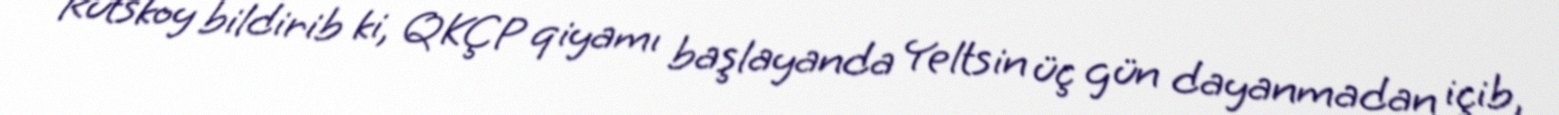
Rutskoy bildirib ki, QKÇP qiyamı başlayanda Yeltsin üç gün dayanmadan içib,